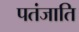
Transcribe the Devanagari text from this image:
पतंजाति